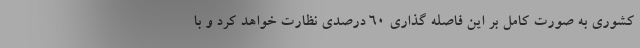
کشوری به صورت کامل بر این فاصله گذاری ۶۰ درصدی نظارت خواهد کرد و با